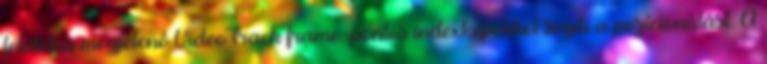
felületen megjelenô VideoTrack frame-pontos indexképekkel segíti a pozícionálást. A